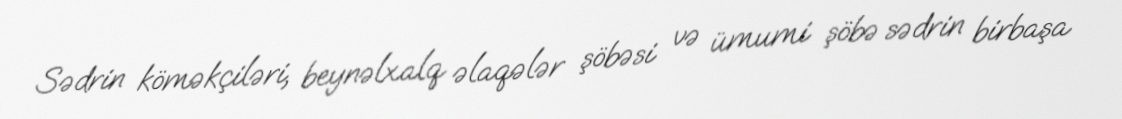
Sədrin köməkçiləri, beynəlxalq əlaqələr şöbəsi və ümumi şöbə sədrin birbaşa